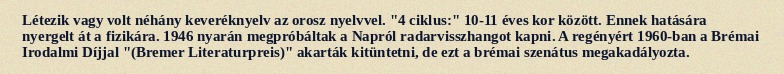
Létezik vagy volt néhány keveréknyelv az orosz nyelvvel. "4 ciklus:" 10-11 éves kor között. Ennek hatására nyergelt át a fizikára. 1946 nyarán megpróbáltak a Napról radarvisszhangot kapni. A regényért 1960-ban a Brémai Irodalmi Díjjal "(Bremer Literaturpreis)" akarták kitüntetni, de ezt a brémai szenátus megakadályozta.